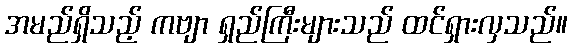
အမည်ရှိသည့် ကဗျာ ရှည်ကြီးများသည် ထင်ရှားလှသည်။